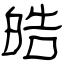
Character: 皓